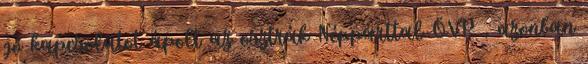
jó kapcsolatot ápolt az osztrák Néppárttal ÖVP , azonban